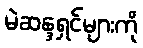
မဲဆန္ဒရှင်များကို